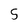
Character: 5